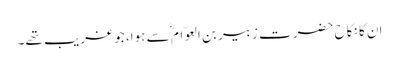
ان کا نکاح حضرت زبیر بن العوّام ؓ سے ہوا، جو غریب تھے۔